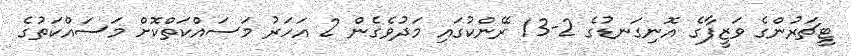
ޓީޗަރުންގެ ވަޒީފާގެ އޮނިގަނޑުގެ 2-13 ރޭންކުގައި މަދުވެގެން 2 އަހަރު މަސައްކަތްކޮށް މަސައްކަތުގެ